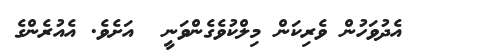
އެދުވަހުން ވެރިކަން މިލްކުވެގެންވަނީ  އަށެވެ. އެއުރެންގެ